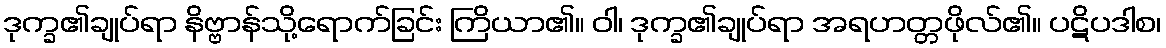
ဒုက္ခ၏ချုပ်ရာ နိဗ္ဗာန်သို့ရောက်ခြင်း ကြိယာ၏။ ဝါ၊ ဒုက္ခ၏ချုပ်ရာ အရဟတ္တဖိုလ်၏။ ပဋိပဒါစ၊